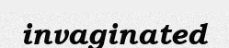
invaginated